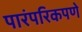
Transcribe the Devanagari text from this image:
पारंपरिकपणे